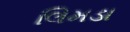
લિમડા